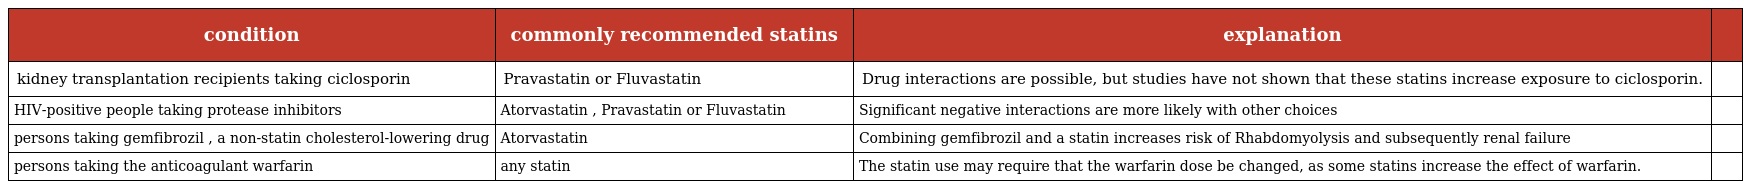
| condition | commonly recommended statins | explanation |  |
 | --- | --- | --- | --- |
 | kidney transplantation recipients taking ciclosporin | Pravastatin or Fluvastatin | Drug interactions are possible, but studies have not shown that these statins increase exposure to ciclosporin. |  |
 | HIV-positive people taking protease inhibitors | Atorvastatin , Pravastatin or Fluvastatin | Significant negative interactions are more likely with other choices |  |
 | persons taking gemfibrozil , a non-statin cholesterol-lowering drug | Atorvastatin | Combining gemfibrozil and a statin increases risk of Rhabdomyolysis and subsequently renal failure |  |
 | persons taking the anticoagulant warfarin | any statin | The statin use may require that the warfarin dose be changed, as some statins increase the effect of warfarin. |  |